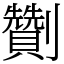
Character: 劗